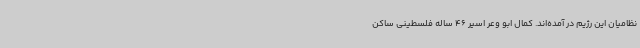
نظامیان این رژیم در آمده‌اند. کمال ابو وعر اسیر 46 ساله فلسطینی ساکن